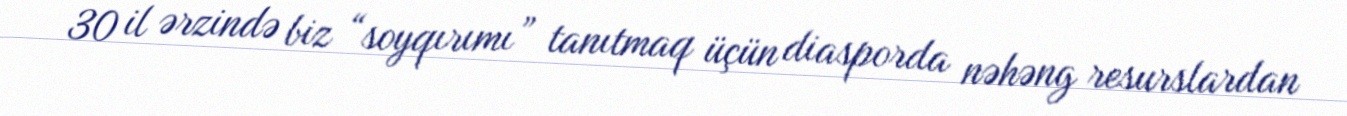
30 il ərzində biz “soyqırımı” tanıtmaq üçün diasporda nəhəng resurslardan